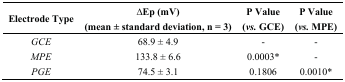
| Electrode Type | ∆Ep (mV)(mean ± standard deviation, n = 3) | P Value(vs. GCE) | P Value(vs. MPE) |
 | --- | --- | --- | --- |
 | GCE | 68.9 ± 4.9 | - | - |
 | MPE | 133.8 ± 6.6 | 0.0003* | - |
 | PGE | 74.5 ± 3.1 | 0.1806 | 0.0010* |